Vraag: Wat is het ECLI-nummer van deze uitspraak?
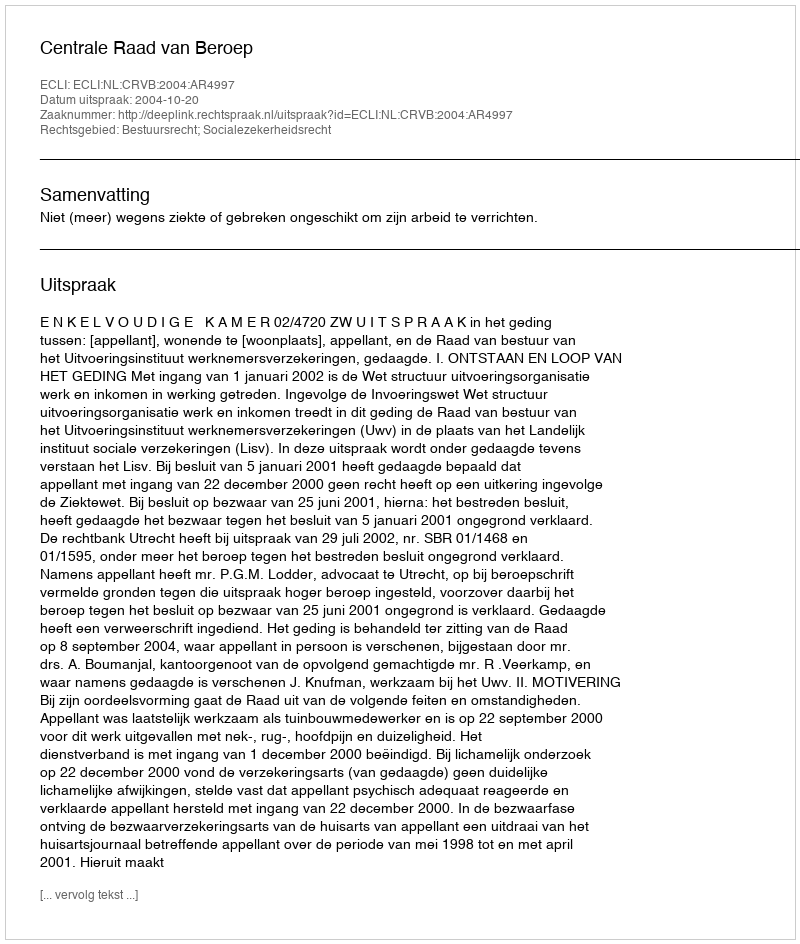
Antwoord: ECLI:NL:CRVB:2004:AR4997